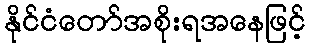
နိုင်ငံတော်အစိုးရအနေဖြင့်